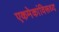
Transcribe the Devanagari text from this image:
एकमेकांविरूध्द